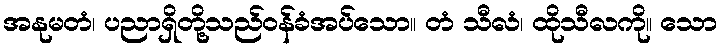
အနုမတံ၊ ပညာရှိတို့သည်ဝန်ခံအပ်သော။ တံ သီလံ၊ ထိုသီလကို။ သော